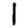
Digit: 1